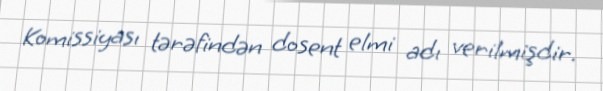
Komissiyası tərəfindən dosent elmi adı verilmişdir.